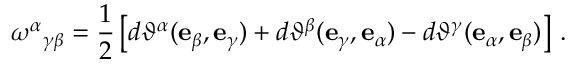
\omega ^ { \alpha } { } _ { \gamma \beta } = \frac { 1 } { 2 } \left[ d \vartheta ^ { \alpha } ( \mathbf { e } _ { \beta } , \mathbf { e } _ { \gamma } ) + d \vartheta ^ { \beta } ( \mathbf { e } _ { \gamma } , \mathbf { e } _ { \alpha } ) - d \vartheta ^ { \gamma } ( \mathbf { e } _ { \alpha } , \mathbf { e } _ { \beta } ) \right] \, .